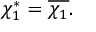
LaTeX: \chi _ { 1 } ^ { * } = { \overline { { \chi _ { 1 } } } } .